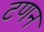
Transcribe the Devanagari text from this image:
टणन